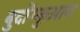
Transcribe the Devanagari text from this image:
बुदोंग्कुआन